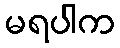
မရပါက